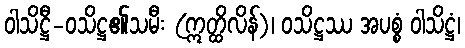
ဝါသိဋ္ဌီ-ဝသိဋ္ဌ၏သမီး (ဣတ္ထိလိန်)၊ ဝသိဋ္ဌဿ အပစ္စံ ဝါသိဋ္ဌံ၊